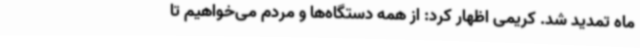
ماه تمدید شد. کریمی اظهار کرد: از همه دستگاه‌ها و مردم می‌خواهیم تا